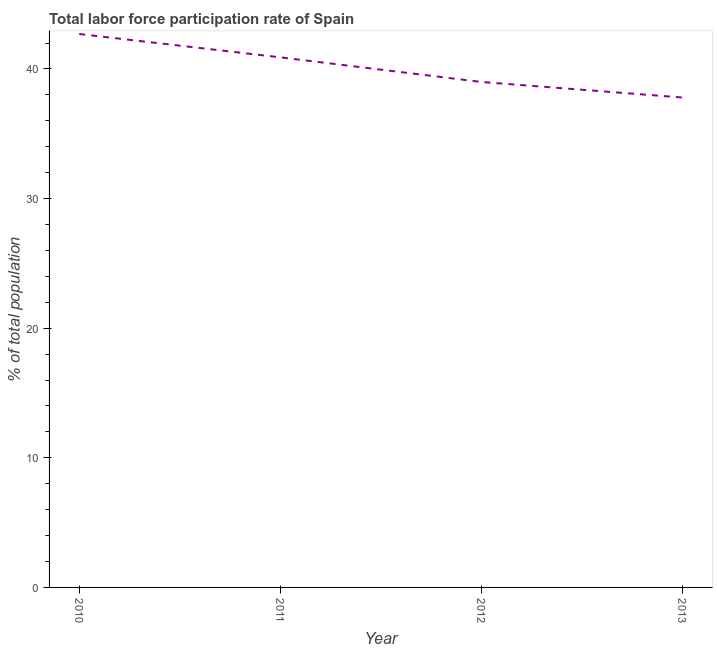
| Year | Labor force participation rate for ages 15-24 total |
 | --- | --- |
 | 2010 | 42.7 |
 | 2011 | 40.9 |
 | 2012 | 39 |
 | 2013 | 37.8 |